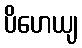
ပိဟေယျ